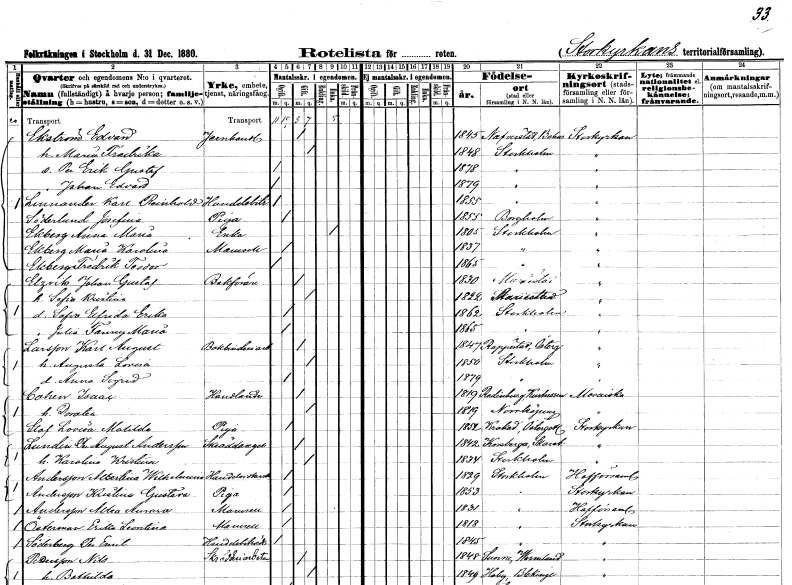
gt_parse: households: individuals: FN: Edvard
EN: Ekström
YRKE: Järnhandlare
KON: M
CIV: G
FODAR: 1845
FODFORS: Naverstad Göteborgs- och Bohuslän
FN: Maria Fredrika
KON: K
CIV: G
FODAR: 1848
FODFORS: Stockholm
FN: Per Erik Gustaf
KON: M
CIV: O
FODAR: 1878
FODFORS: Stockholm
FN: Johan Edvard
KON: M
CIV: O
FODAR: 1879
FODFORS: Stockholm
FN: Karl Reinhold
EN: Lennander
YRKE: Handelsbiträde
KON: M
CIV: O
FODAR: 1855
FODFORS: Stockholm
FN: Josefina
EN: Söderlund
YRKE: Piga
KON: K
CIV: O
FODAR: 1855
FODFORS: Borgholm Kalmar län
FN: Anna Maria
EN: Ekberg
YRKE: Änka
KON: K
CIV: E
FODAR: 1805
FODFORS: Stockholm
FN: Maria Karolina
EN: Ekberg
KON: K
CIV: O
FODAR: 1837
FODFORS: Stockholm
FN: Fredrik Teodor
EN: Ekberg
KON: M
CIV: O
FODAR: 1865
FODFORS: Stockholm
FN: Johan Gustaf
EN: Elzvik
YRKE: Bokförare
KON: M
CIV: G
FODAR: 1830
FODFORS: Mönsterås Kalmar län
FN: Sofia Kristina
KON: K
CIV: G
FODAR: 1822
FODFORS: Mariestad Skaraborgs län
FN: Sofia Elfrida Erika
KON: K
CIV: O
FODAR: 1862
FODFORS: Stockholm
FN: Julia Fanny Maria
KON: K
CIV: O
FODAR: 1865
FODFORS: Stockholm
FN: Karl August
EN: Larsson
YRKE: Bokbinderiarbetare
KON: M
CIV: G
FODAR: 1847
FODFORS: Rappestad Östergötlands län
FN: Augusta Lovisa
KON: K
CIV: G
FODAR: 1850
FODFORS: Stockholm
FN: Anna Sigrid
KON: K
CIV: O
FODAR: 1879
FODFORS: Stockholm
FN: Isaac
EN: Cahen
YRKE: Handlande
KON: M
CIV: G
FODAR: 1819
FN: Dorotea
KON: K
CIV: G
FODAR: 1819
FODFORS: Norrköping Östergötlands län
FN: Lovisa Matilda
EN: Staf
YRKE: Piga
KON: K
CIV: O
FODAR: 1852
FODFORS: Krokek Östergötlands län
FN: Per August
EN: Lundin Andersson
YRKE: Skräddaregesäll
KON: M
CIV: G
FODAR: 1842
FODFORS: Korsberga Skaraborgs län
FN: Karolina Kristina
KON: K
CIV: G
FODAR: 1834
FODFORS: Stockholm
FN: Albertina Wilhelmina
EN: Andersson
YRKE: Handelsidkerska
KON: K
CIV: O
FODAR: 1829
FODFORS: Stockholm
FN: Kristina Gustava
EN: Andersson
YRKE: Piga
KON: K
CIV: O
FODAR: 1853
FODFORS: Stockholm
FN: Altea Aurora
EN: Andersson
KON: K
CIV: O
FODAR: 1831
FODFORS: Stockholm